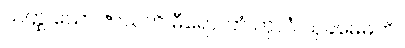
ယတ္ထ သော ဇာယတိ ဓီရော၊ တံ ကုလံ သုခမေဓတိ။